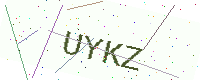
Text: UYKZ